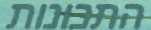
התכונות